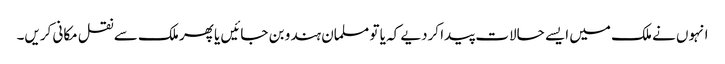
انہوں نے ملک میں ایسے حالات پیدا کردیے کہ یا تو مسلمان ہندو بن جائیں یا پھر ملک سے نقل مکانی کریں۔